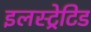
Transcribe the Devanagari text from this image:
इलस्ट्रेटिड